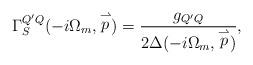
LaTeX: \begin{align*}\Gamma_S^{Q'Q}(-i\Omega_m, \stackrel{\rightharpoonup}{p})=\frac{g_{Q'Q}}{2\Delta(-i\Omega_m, \stackrel{\rightharpoonup}{p})},\end{align*}